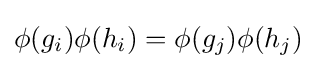
\phi (g_{i})\phi (h_{i})=\phi (g_{j})\phi (h_{j})